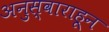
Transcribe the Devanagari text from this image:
अनुस्वाराहून